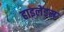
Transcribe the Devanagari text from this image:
हाइलेंडस